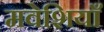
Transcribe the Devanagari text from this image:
मवेशियाँ